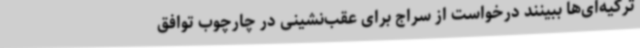
ترکیه‌ای‌ها ببینند درخواست از سراج برای عقب‌نشینی در چارچوب توافق